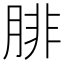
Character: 腓